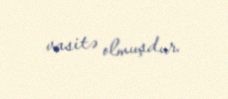
vasitə olmuşdur.